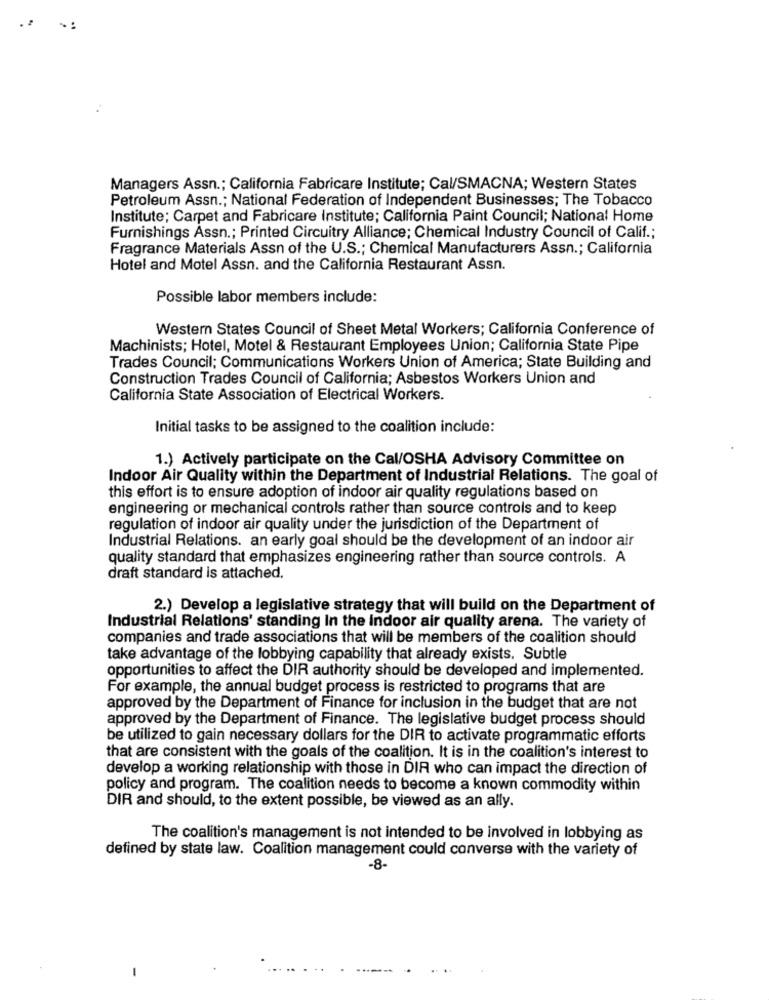
Managers Assn .; California Fabricare Institute; Cal/SMACNA; Western States
Petroleum Assn .; National Federation of Independent Businesses; The Tobacco
Institute; Carpet and Fabricare Institute; California Paint Council; National Home
Furnishings Assn .; Printed Circuitry Alliance; Chemical Industry Council of Calif .;
Fragrance Materials Assn of the U.S .; Chemical Manufacturers Assn .; California
Hotel and Motel Assn. and the California Restaurant Assn.
Possible labor members include:
Western States Council of Sheet Metal Workers; California Conference of
Machinists; Hotel, Motel & Restaurant Employees Union; California State Pipe
Trades Council; Communications Workers Union of America; State Building and
Construction Trades Council of California; Asbestos Workers Union and
California State Association of Electrical Workers.
Initial tasks to be assigned to the coalition include:
1.) Actively participate on the Cal/OSHA Advisory Committee on
Indoor Air Quality within the Department of Industrial Relations. The goal of
this effort is to ensure adoption of indoor air quality regulations based on
engineering or mechanical controls rather than source controls and to keep
regulation of indoor air quality under the jurisdiction of the Department of
Industrial Relations. an early goal should be the development of an indoor air
quality standard that emphasizes engineering rather than source controls. A
draft standard is attached.
2.) Develop a legislative strategy that will build on the Department of
Industrial Relations' standing In the indoor air quality arena. The variety of
companies and trade associations that will be members of the coalition should
take advantage of the lobbying capability that already exists. Subtle
opportunities to affect the DIR authority should be developed and implemented.
For example, the annual budget process is restricted to programs that are
approved by the Department of Finance for inclusion in the budget that are not
approved by the Department of Finance. The legislative budget process should
be utilized to gain necessary dollars for the DIR to activate programmatic efforts
that are consistent with the goals of the coalition. It is in the coalition's interest to
develop a working relationship with those in DIR who can impact the direction of
policy and program. The coalition needs to become a known commodity within
DIR and should, to the extent possible, be viewed as an ally.
The coalition's management is not intended to be involved in lobbying as
defined by state law. Coalition management could converse with the variety of
-8-
-